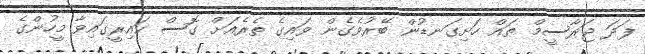
ފަދަ ޖަރާސީމް ތައް ހަށިގަނޑުން ބޭރުވެގެން ވައިގެ ތެރެއަށް ގޮސް ކައިރީގައިވާ މީހުންގެ